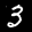
Label: 3